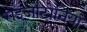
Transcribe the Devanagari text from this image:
राइजोटोनिया